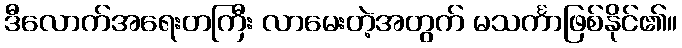
ဒီလောက်အရေးတကြီး လာမေးတဲ့အတွက် မသင်္ကာဖြစ်နိုင်၏။